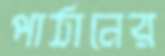
পাঠানের